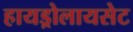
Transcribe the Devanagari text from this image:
हायड्रोलायसेट